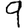
Digit: 9